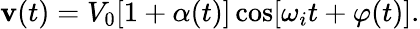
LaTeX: \mathbf{v}(t)=V_{0}[1+\alpha(t)]\cos[\omega_{i}t+\varphi(t)].